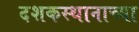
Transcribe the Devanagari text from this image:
दशकस्थानाच्या